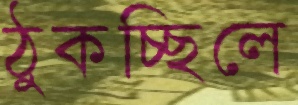
ঠুকচ্ছিলে